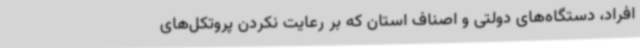
افراد، دستگاه‌های دولتی و اصناف استان که بر رعایت نکردن پروتکل‌های